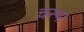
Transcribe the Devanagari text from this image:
चस्‍पा